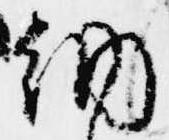
納